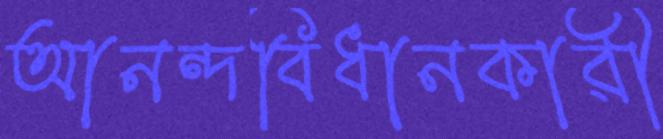
আনন্দবিধানকারী